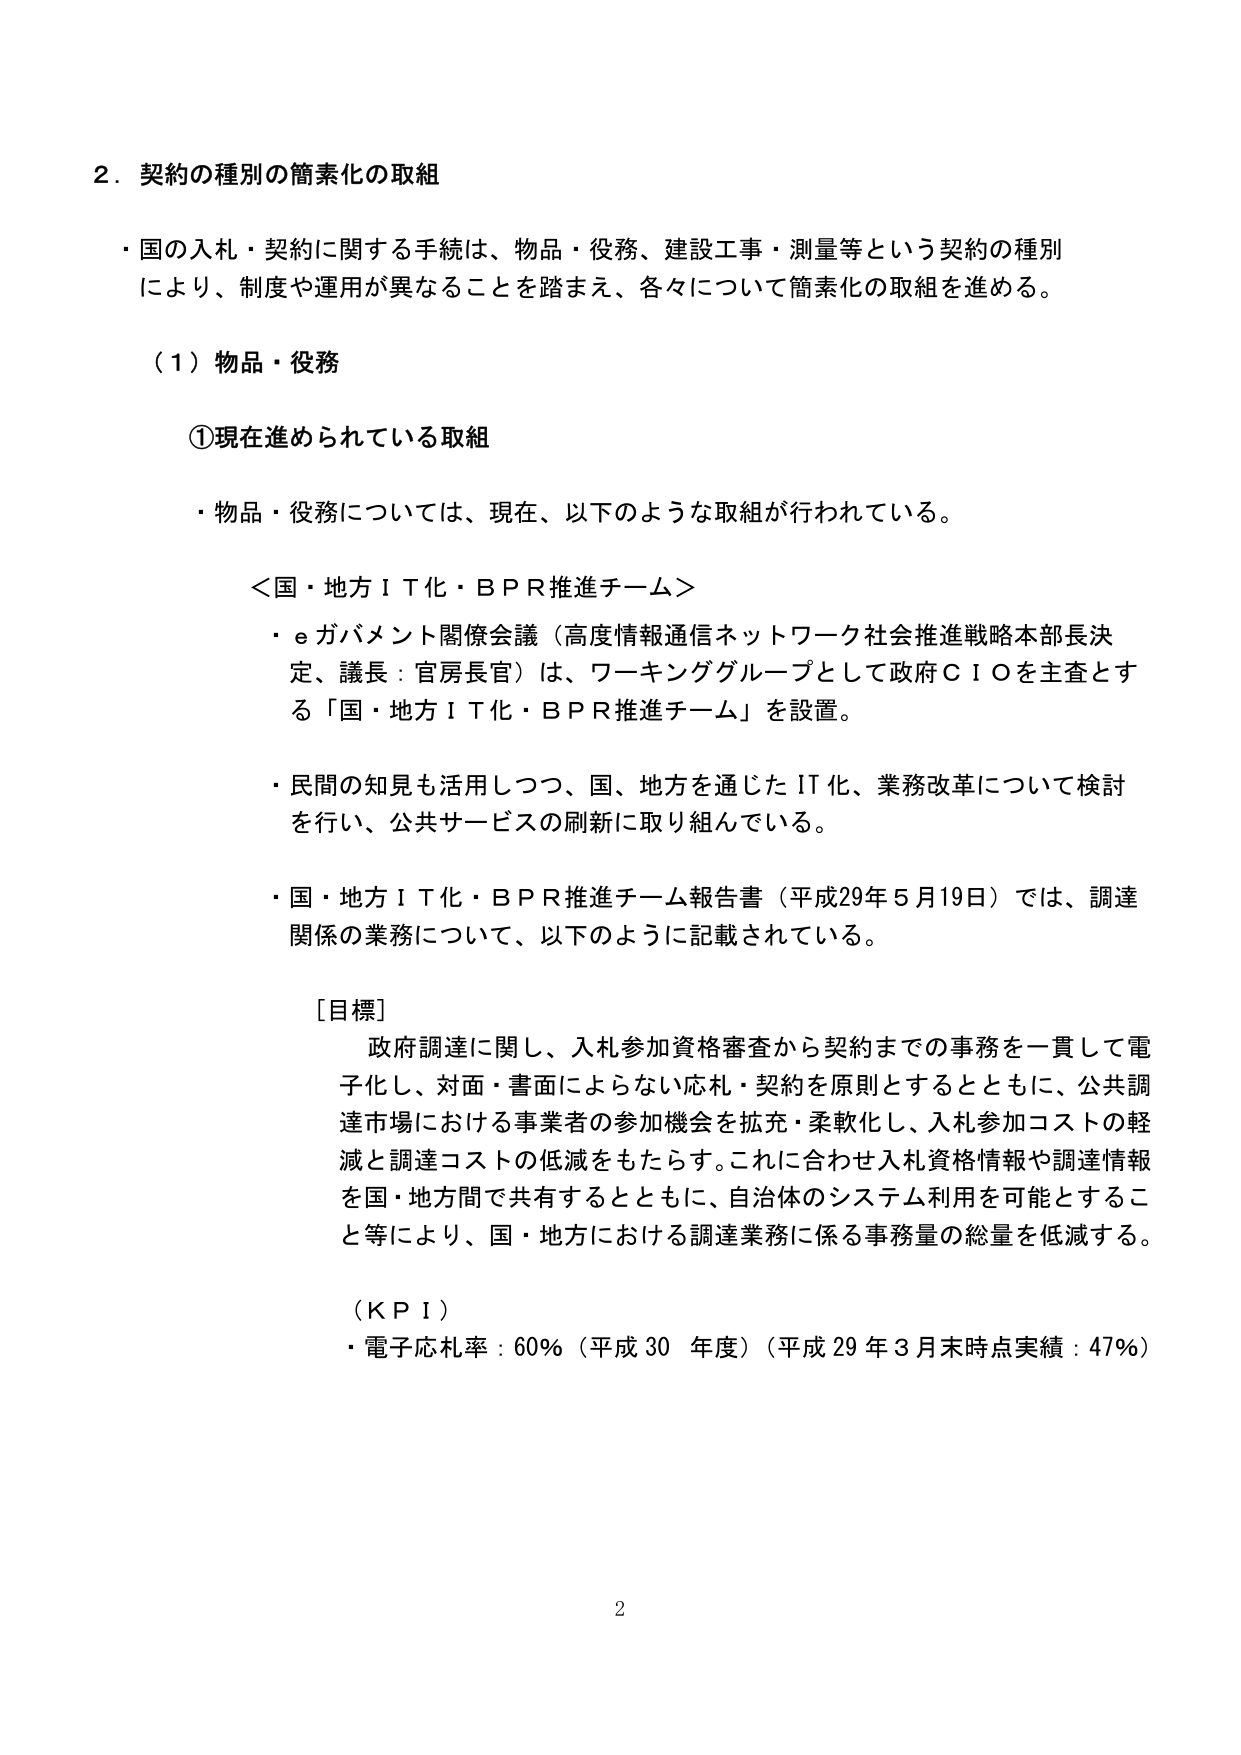
2．契約の種別の簡素化の取組

・国の入札・契約に関する手続は、物品・役務、建設工事・測量等という契約の種別により、制度や運用が異なることを踏まえ、各々について簡素化の取組を進める。

（1）物品・役務

①現在進められている取組

・物品・役務については、現在、以下のような取組が行われている。

＜国・地方ＩＴ化・ＢＰＲ推進チーム＞

・ｅガバメント関係会議（高度情報通信ネットワーク社会推進戦略本部長決定、議長：官房長官）は、ワーキンググループとして政府ＣＩＯを主査とする「国・地方ＩＴ化・ＢＰＲ推進チーム」を設置。

・民間の知見も活用しつつ、国、地方を通じたＩＴ化、業務改革について検討を行い、公共サービスの刷新に取り組んでいる。

・国・地方ＩＴ化・ＢＰＲ推進チーム報告書（平成29年5月19日）では、調達関係の業務について、以下のように記載されている。

［目標］
政府調達に関し、入札参加資格審査から契約までの事務を一貫して電子化し、対面・書面によらない応札・契約を原則とするとともに、公共調達市場における事業者の参加機会を拡充・柔軟化し、入札参加コストの軽減と調達コストの低減をもたらす。これに合わせ入札資格情報や調達情報を国・地方間で共有するとともに、自治体のシステム利用を可能とすること等により、国・地方における調達業務に係る事務量の総量を低減する。

（ＫＰＩ）
・電子応札率：60％（平成30年度）（平成29年3月末時点実績：47％）

2